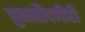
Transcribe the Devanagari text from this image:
पुनर्नोंदणीही